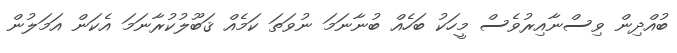
ބުއްދިން ވިސްނާއިރުވެސް މީހަކު ބަހެއް ބުނާނަމަ ނުވަތަ ކަމެއް ޤަބޫލުކުރާނަމަ އެކަން އަމަލުން